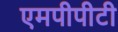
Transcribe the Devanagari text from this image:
एमपीपीटी